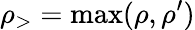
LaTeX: \rho_{>}=\operatorname*{max}(\rho,\rho^{\prime})